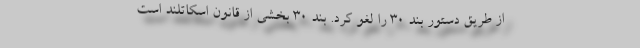
از طریق دستور بند ۳۰ را لغو کرد. بند ۳۰ بخشی از قانون اسکاتلند است